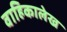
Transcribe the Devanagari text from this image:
वाहिकालेख